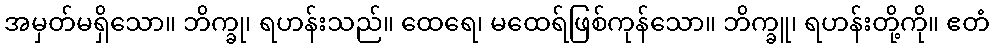
အမှတ်မရှိသော။ ဘိက္ခု၊ ရဟန်းသည်။ ထေရေ၊ မထေရ်ဖြစ်ကုန်သော။ ဘိက္ခူ၊ ရဟန်းတို့ကို။ ဧတံ